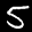
Label: 5